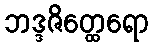
ဘဒ္ဒဇိတ္ထေရော